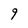
Character: 9